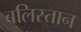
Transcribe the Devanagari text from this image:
बलिस्तान